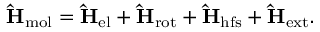
\mathrm { \bf \hat { H } } _ { \mathrm { m o l } } = \mathrm { \bf \hat { H } } _ { \mathrm { e l } } + \mathrm { \bf \hat { H } } _ { \mathrm { r o t } } + \mathrm { \bf \hat { H } } _ { \mathrm { h f s } } + \mathrm { \bf \hat { H } } _ { \mathrm { e x t } } .